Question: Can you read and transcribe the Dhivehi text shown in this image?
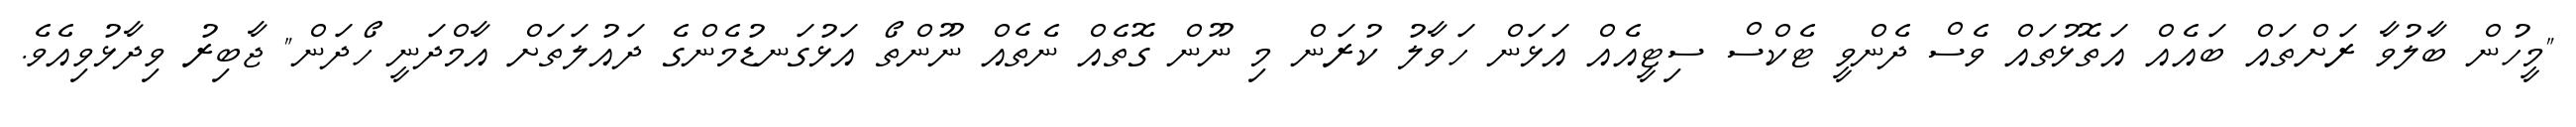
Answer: "މީހުން ބާލުވާ ރަށްތައް ބައެއް އަތޮޅުތައް ވެސް ދެންވީ ޓެކްސް ސިޓީއެއް އަޅަން ހަވާލު ކުރަން މި ނޫން ގޮތެއް ނެތެއް ނޫންތޯ އަޅުގަނޑުމެންގެ ދައުލަތަށް އާމްދަނީ ހޯދަން" ޖާބިރު ވިދާޅުވިއެވެ.